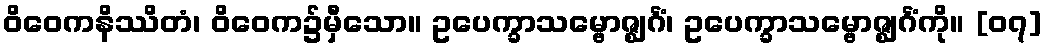
ဝိဝေကနိဿိတံ၊ ဝိဝေက၌မှီသော။ ဥပေက္ခာသမ္ဗောဇ္ဈင်္ဂံ၊ ဥပေက္ခာသမ္ဗောဇ္ဈင်္ဂံကို။ [၀၇]